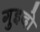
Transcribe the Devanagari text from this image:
गुइदो